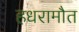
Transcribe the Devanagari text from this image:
हधरामौत